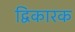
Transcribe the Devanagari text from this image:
द्विकारक